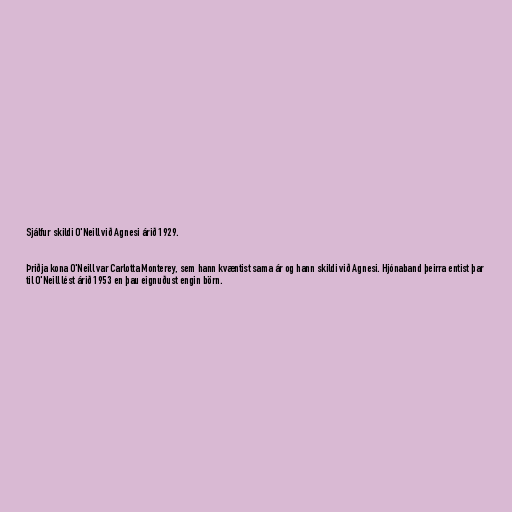
Sjálfur skildi O'Neill við Agnesi árið 1929.

Þriðja kona O'Neill var Carlotta Monterey, sem hann kvæntist sama ár og hann skildi við Agnesi. Hjónaband þeirra entist þar
til O'Neill lést árið 1953 en þau eignuðust engin börn.